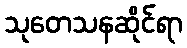
သုတေသနဆိုင်ရာ